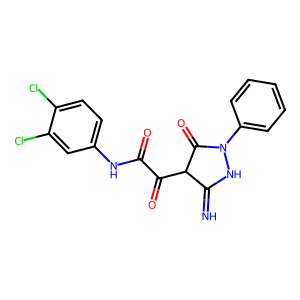
SMILES: N=C1NN(c2ccccc2)C(=O)C1C(=O)C(=O)Nc1ccc(Cl)c(Cl)c1
Inhibits HIV replication: No